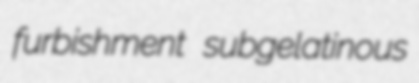
furbishment subgelatinous